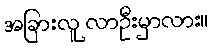
အခြားလူ လာဦးမှာလား။